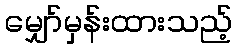
မျှော်မှန်းထားသည့်